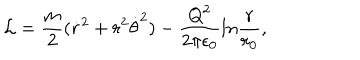
LaTeX: { \cal L } = { \frac { m } { 2 } } ( \dot { r } ^ { 2 } + r ^ { 2 } \dot { \theta } ^ { 2 } ) - { \frac { Q ^ { 2 } } { 2 \pi \epsilon _ { 0 } } } l n { \frac { r } { r _ { 0 } } } ,